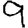
Digit: 9